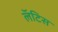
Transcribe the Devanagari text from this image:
लॅटिस